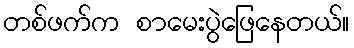
တစ်ဖက်က စာမေးပွဲဖြေနေတယ်။